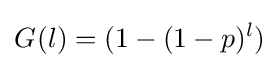
G_{}^{}(l)=(1-(1-p)^{l})